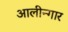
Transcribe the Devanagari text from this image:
आलीन्गार